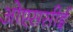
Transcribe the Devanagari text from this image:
ओएससीई